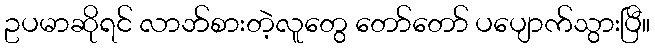
ဥပမာဆိုရင် လာဘ်စားတဲ့လူတွေ တော်တော် ပပျောက်သွားပြီ။